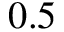
0 . 5